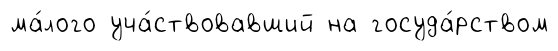
ма́лого уча́ствовавший на госуда́рством